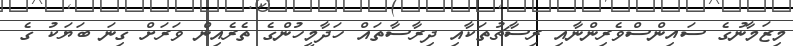
މިޒަމާނުގެ ސައިންސްވެރިންނާއި ރިސާޗުތަކާއި ދިރާސާތައް ހަދާމީހުންގެ ތެރެއިން ވަރަށް ގިނަ ބަޔަކު ގެ